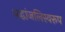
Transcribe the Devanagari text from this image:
श्रद्धांजलिस्वरूप